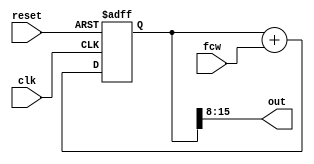
// Numerically Controlled Oscillator Verilog Module


// N is the width of the frequency control word and 
// M is the width of the truncated output

module nco
#(parameter N = 16, M = 8)
(   
    input clk, reset, 
    input [(N-1):0] fcw,
    output [(M-1):0] out
);
    
    // count registers
    reg [(N-1):0] count, count_next;
    
    assign out = count[N:(N-M)];

    always @(*)
	count_next = count + fcw;
	
    always @(posedge clk or posedge reset)
	if ( reset) begin
	    count <= 1'b0;
	end else begin
	    count <= count_next;
	end

endmodule